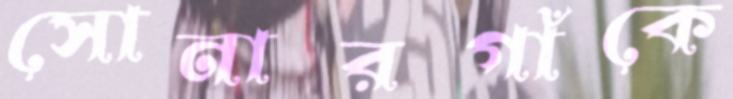
সোনারগাঁকে